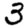
Digit: 3